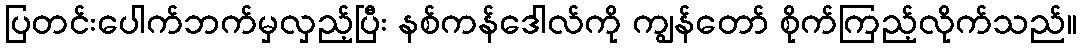
ပြတင်းပေါက်ဘက်မှလှည့်ပြီး နစ်ကန်ဒေါလ်ကို ကျွန်တော် စိုက်ကြည့်လိုက်သည်။